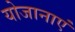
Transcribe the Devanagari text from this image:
योजानाएं